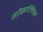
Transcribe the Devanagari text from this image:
गोंसाल्विस